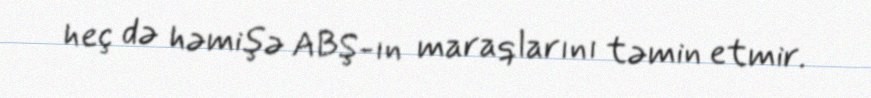
heç də həmişə ABŞ-ın maraqlarını təmin etmir.